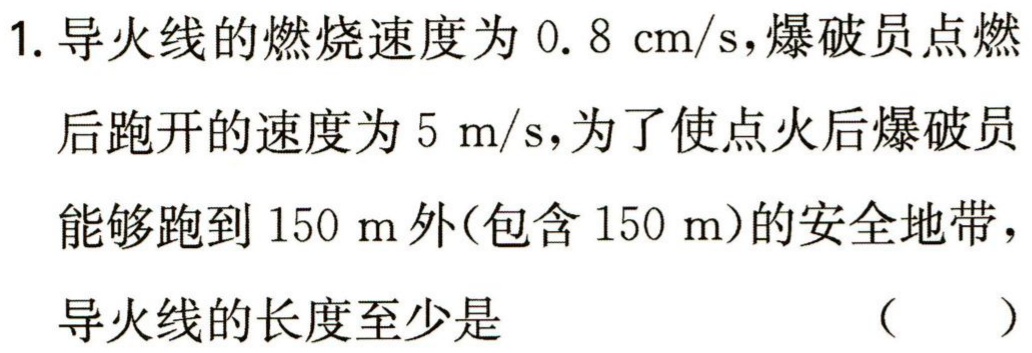
1. 导火线的燃烧速度为 \(0.8\mathrm{cm/s}\)，爆破员点燃后跑开的速度为 \(5\mathrm{m/s}\)，为了使点火后爆破员能够跑到 \(150\mathrm{m}\)外(包含 \(150\mathrm{m}\))的安全地带，导火线的长度至少是 （  ）